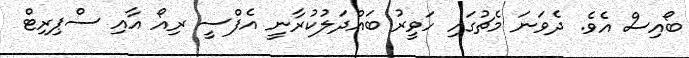
ބޯއިސް އެވެ. ދެވަނަ މެޗުގައި ހަވީރު ބައްދަލުކުރާނީ އެފްސީ ރިއޯ އާއި ސްޕިރިޓް